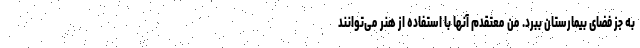
به جز فضای بیمارستان ببرد. من معتقدم آنها با استفاده از هنر می‌توانند